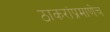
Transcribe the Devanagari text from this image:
ठाकरांप्रमाणेच